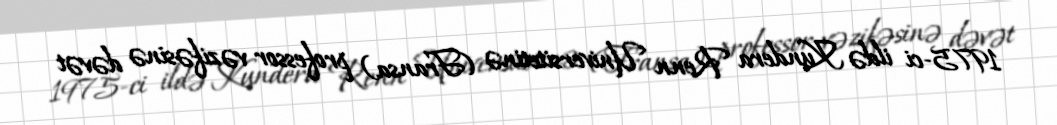
1975-ci ildə Kundera Renn Universitetinə (Fransa) professor vəzifəsinə dəvət